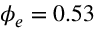
\phi _ { e } = 0 . 5 3